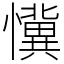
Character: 懻